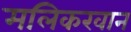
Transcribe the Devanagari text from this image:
मलिकरवान